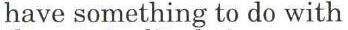
have something to do with